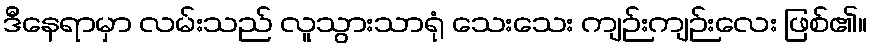
ဒီနေရာမှာ လမ်းသည် လူသွားသာရုံ သေးသေး ကျဉ်းကျဉ်းလေး ဖြစ်၏။